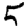
Digit: 5